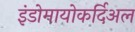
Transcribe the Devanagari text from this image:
इंडोमायोकर्दिअल